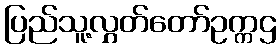
ပြည်သူ့လွှတ်တော်ဥက္ကဌ